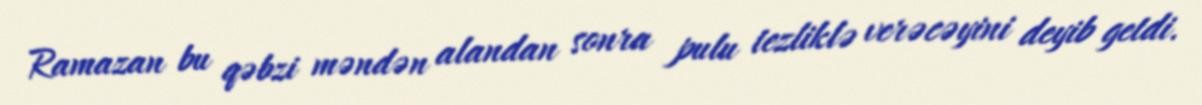
Ramazan bu qəbzi məndən alandan sonra pulu tezliklə verəcəyini deyib getdi.